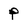
Character: P